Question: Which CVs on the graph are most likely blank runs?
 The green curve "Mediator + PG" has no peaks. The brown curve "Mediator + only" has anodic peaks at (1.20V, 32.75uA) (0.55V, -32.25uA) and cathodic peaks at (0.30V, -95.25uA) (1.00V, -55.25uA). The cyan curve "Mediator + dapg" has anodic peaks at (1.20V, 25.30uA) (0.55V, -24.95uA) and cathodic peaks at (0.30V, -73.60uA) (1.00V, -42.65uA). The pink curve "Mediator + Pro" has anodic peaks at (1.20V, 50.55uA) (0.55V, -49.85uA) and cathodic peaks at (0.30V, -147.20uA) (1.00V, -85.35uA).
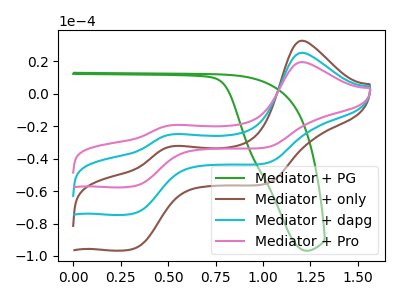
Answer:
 <answer>"Mediator + PG" is likely to be a blank.</answer>
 <eval>Mediator + PG</eval>